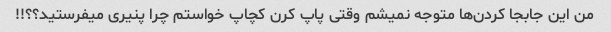
من این جابجا کردن‌ها متوجه نمیشم وقتی پاپ کرن کچاپ خواستم چرا پنیری میفرستید؟؟!!